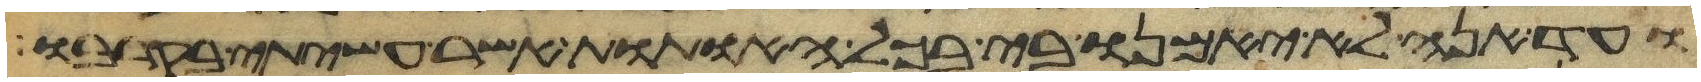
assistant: ועד הנה לא יאמנו בי בכל האתות אשר עשיתי בקרבו